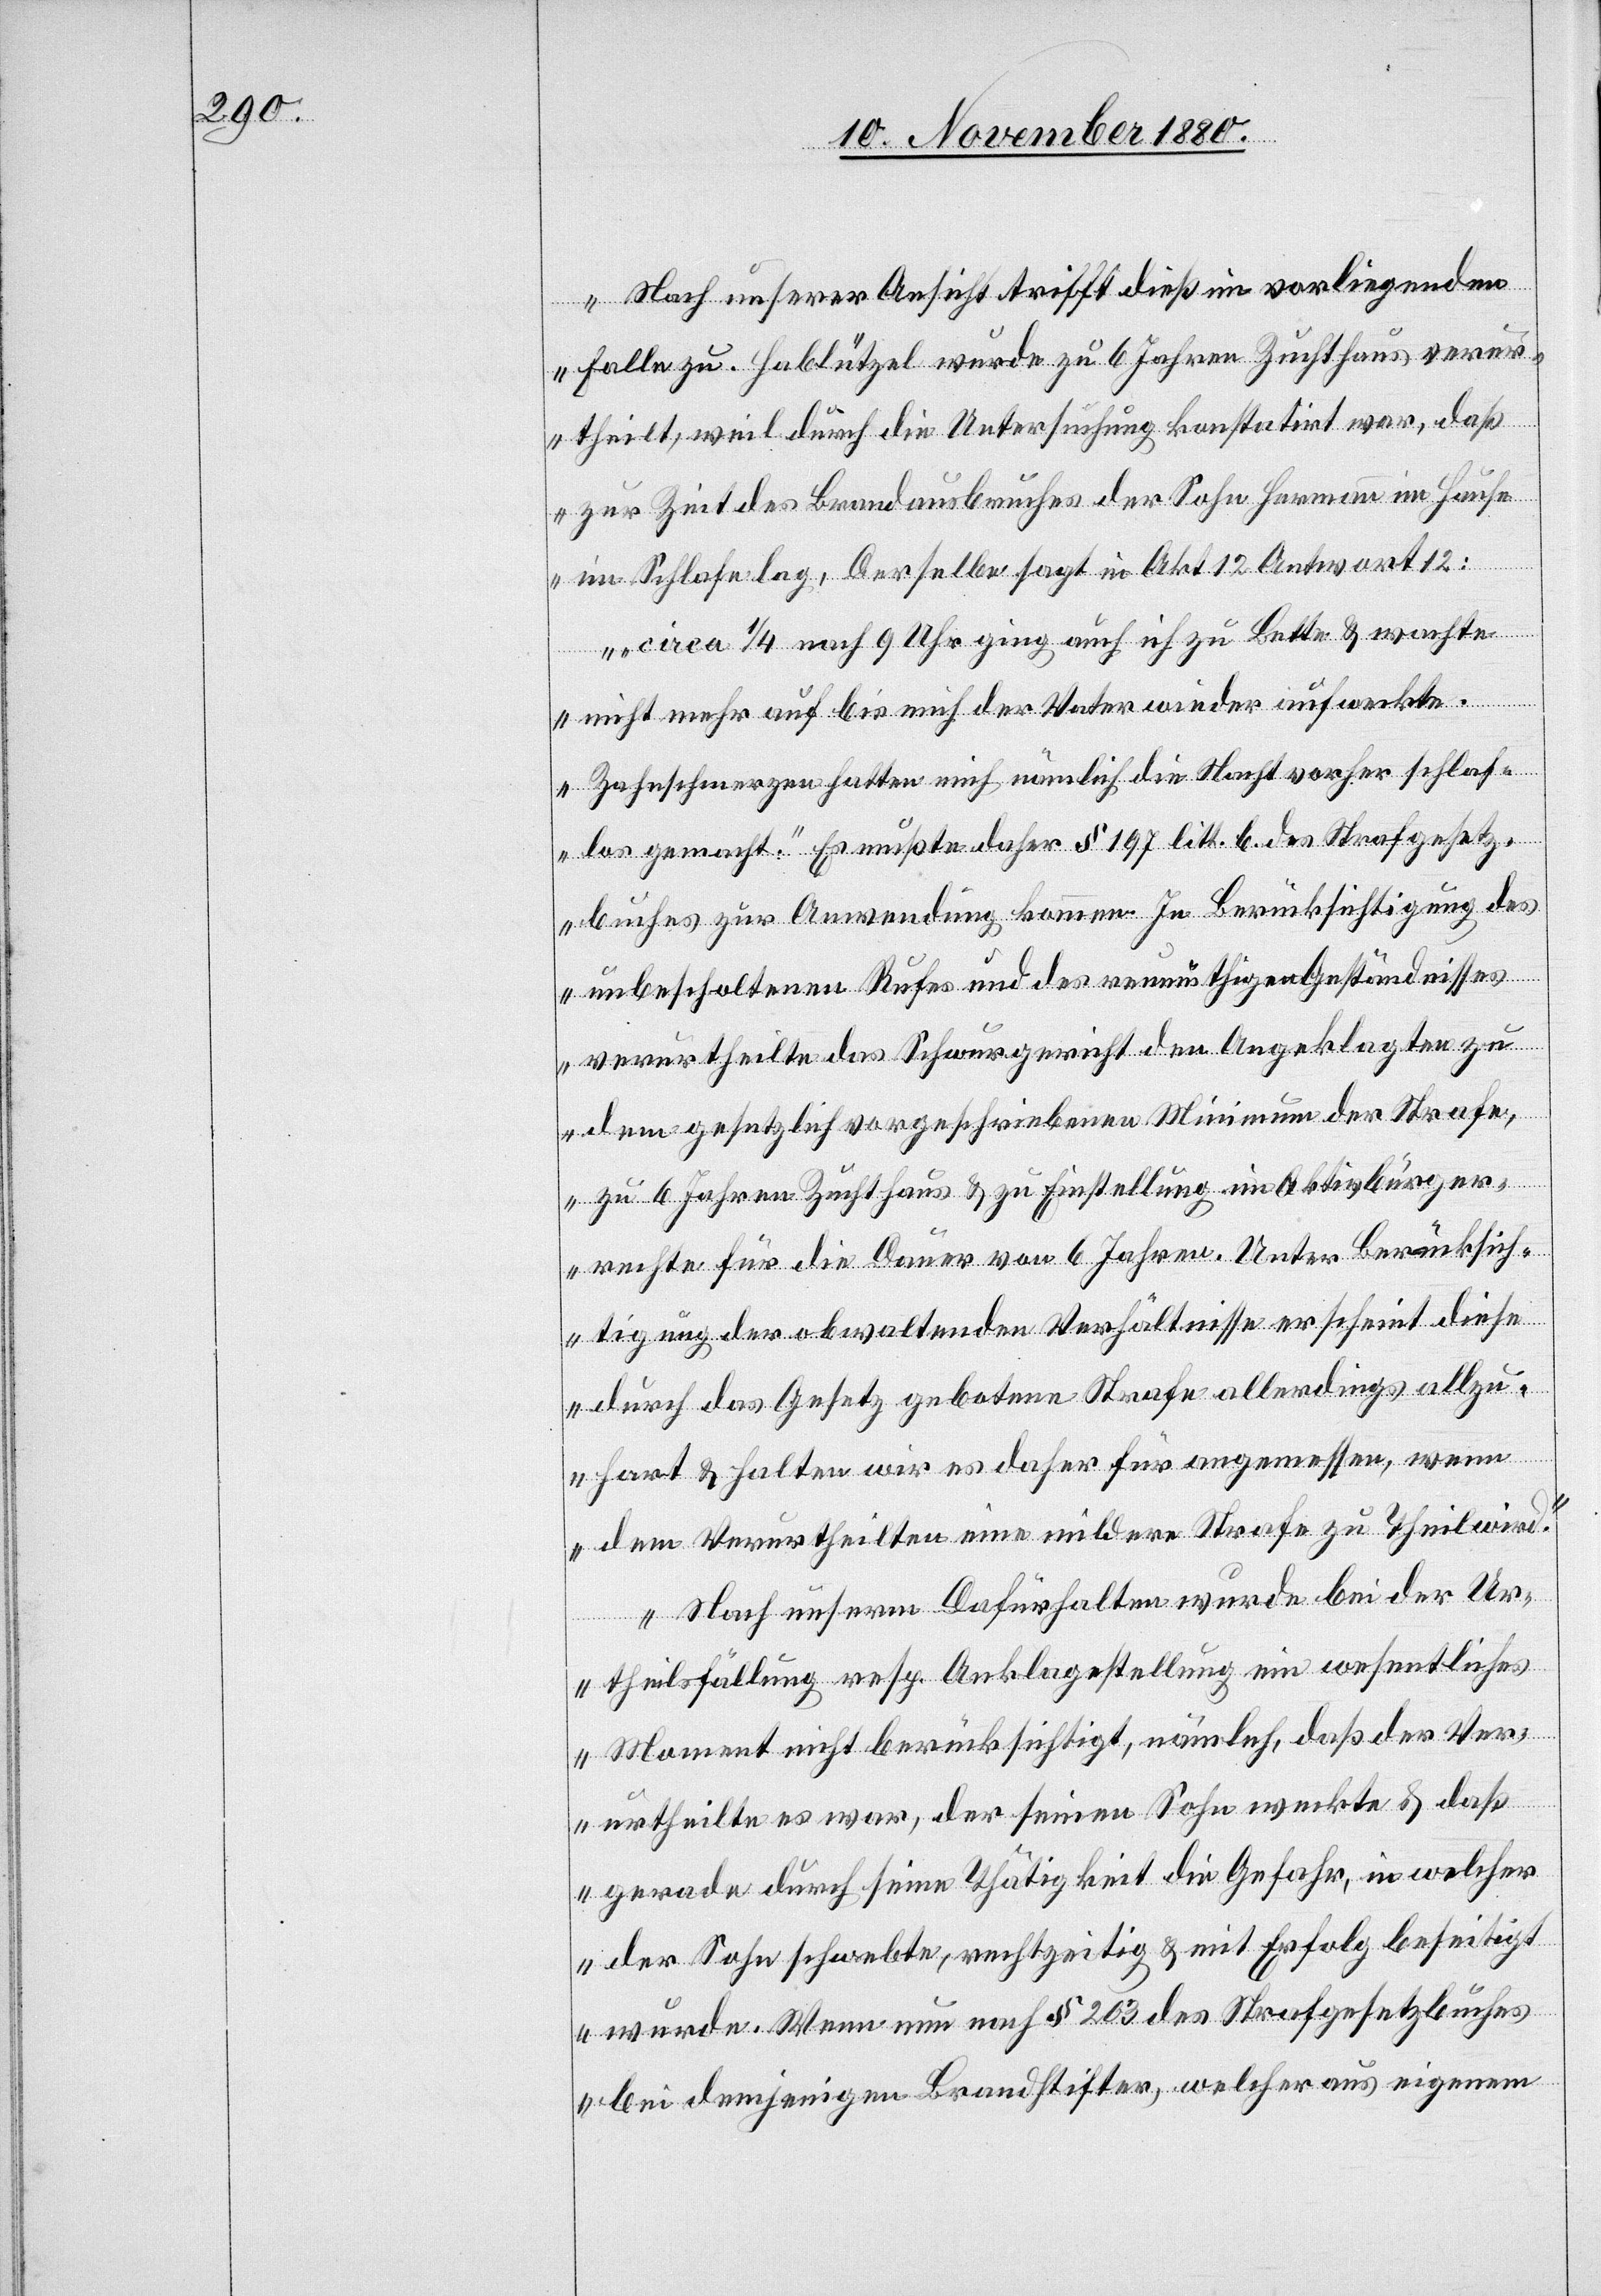
Nach unserer Ansicht trifft dieß im vorliegenden
Falle zu. Hablützel wurde zu 6 Jahren Zuchthaus verur¬
theilt, weil durch die Untersuchung konstatirt war, daß
zur Zeit des Brandausbruches der Sohn Hermann im Hause
im Schlafe lag. Derselbe sagt in Akt. 12 Antwort 12:
„circa 1/4 nach 9 Uhr ging auch ich zu Bette & wacht
nicht mehr auf bis mich der Vater wieder aufweckte.
Zahnschmerzen hatten mich nämlich die Nacht vorher schlaf¬
los gemacht.“ Es mußte daher § 197 litt. b. des Strafgesetz¬
buches zur Anwendung kommen. In Berücksichtigung des
unbescholtenen Rufes und es reumüthigen Geständnisses
verurtheilte das Schwurgericht den Angeklagten zu
dem gesetzlich vorgeschriebenen Minimum der Strafe,
zu 6 Jahren Zuchthaus & zu Einstellung im Aktivbürger¬
rechte für die Dauer von 6 Jahren. Unter Berücksich¬
tigung der obwaltenden Verhältnisse erscheint diese
durch das Gesetz gebotene Strafe allerdings allzu
hart & halten wir es daher für angemessen, wen¬
n dem Verurtheilten eine mildere Strafe zu Theil wird.
Nach unserm Dafürhalten wurde bei der Ur¬
theilsfällung resp. Anklagestellung ein wesentliches
Moment nicht berücksichtigt, nämlich, daß der Ver¬
urtheilte es war, der seinen Sohn weckte & daß
gerade durch seine Thätigkeit die Gefahr, in welcher
der Sohn schwebte, rechtzeitig & mit Erfolg beseitigt
wurde. Wenn nun nach § 203 des Strafgesetzbuches
bei demjenigen Brandstifter, welcher aus eigenem